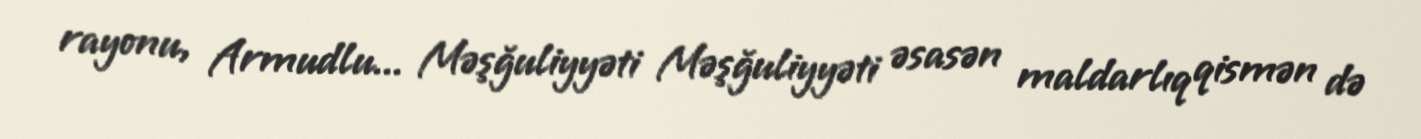
rayonu, Armudlu... Məşğuliyyəti Məşğuliyyəti əsasən maldarlıq qismən də